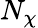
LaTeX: N_{\chi}